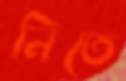
নিতে